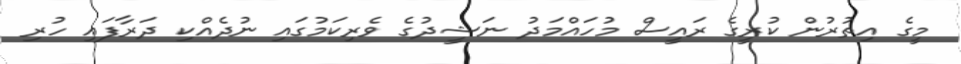
މީގެ އިތުރުން ކުރީގެ ރައީސް މުހައްމަދު ނަޝީދުގެ ވެރިކަމުގައި ނުދެއްކި ދަރާފައި ހުރި